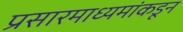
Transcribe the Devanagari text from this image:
प्रसारमाध्यमांकडून